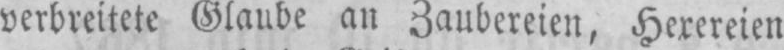
verbreitete Glaube an Zaubereien, Hexereien